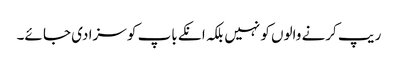
ریپ کرنے والوں کو نہیں بلکہ انکے باپ کو سزا دی جا ئے۔